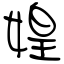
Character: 媓